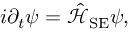
i \partial _ { t } \psi = \hat { \mathcal { H } } _ { \mathrm { S E } } \psi ,